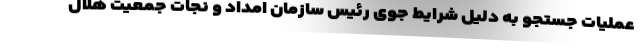
عملیات جستجو به دلیل شرایط جوی رئیس سازمان امداد و نجات جمعیت هلال